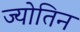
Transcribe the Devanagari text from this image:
ज्‍योतिन